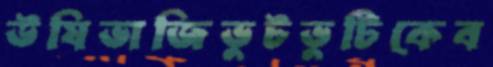
উষিভাজিভুটভুটিকেব